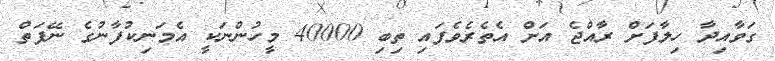
ގަވާއިދާ ހިލާފަށް ރާއްޖެ އަށް އެތެރެވެފައި ތިބި 40000 މީހުންނަކީ އެމަނިކުފާނުގެ ނޭފަތް